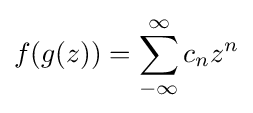
f(g(z))=\sum _{-\infty }^{\infty }c_{n}z^{n}